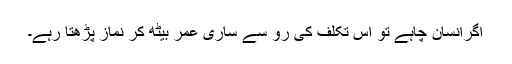
اگرانسان چاہے تو اس تکلّف کی رُو سے ساری عمر بیٹھ کر نماز پڑھتا رہے۔